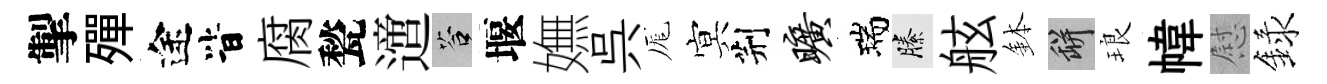
掣殫途𣅜腐甃𨗁答堰嫵呉厖㝠荆旷瑞縢舷鉢瓶琅幃慰録